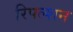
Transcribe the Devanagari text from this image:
रिपल्शन